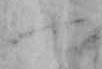
や